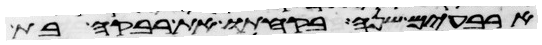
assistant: ארבעים שנה בקחתו את רבקה בת